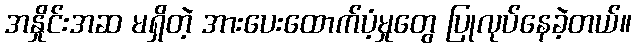
အနှိုင်းအဆ မရှိတဲ့ အားပေးထောက်ပံ့မှုတွေ ပြုလုပ်နေခဲ့တယ်။